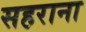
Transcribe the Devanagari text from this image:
सहराना